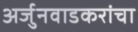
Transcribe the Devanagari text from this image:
अर्जुनवाडकरांचा